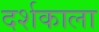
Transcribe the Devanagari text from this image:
दर्शकाला